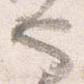
也